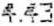
4.43